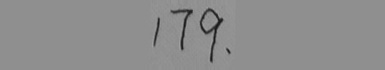
1 7 9 、